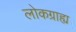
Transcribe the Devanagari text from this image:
लोकग्राह्य